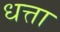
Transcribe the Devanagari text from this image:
धत्ता